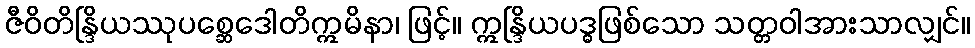
ဇီဝိတိန္ဒြိယဿုပစ္ဆေဒေါတိဣမိနာ၊ ဖြင့်။ ဣန္ဒြိယပဒ္ဓဖြစ်သော သတ္တဝါအားသာလျှင်။